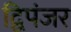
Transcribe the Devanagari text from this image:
द्विपंजर